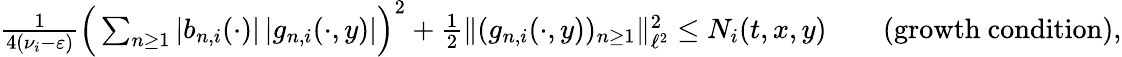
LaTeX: \begin{array}{rlr}{\frac{1}{4(\nu_{i}-\varepsilon)}\Big(\sum_{n\geq 1}|b_{n,i}(\cdot)|\, |g_{n,i}(\cdot,y)|\Big)^{2}+\frac 12\| (g_{n,i}(\cdot,y))_{n\geq 1}\| _{\ell^{2}}^{2}\leq N_{i}(t,x,y)}&{}&{\mathrm{(growth~condition),}}\end{array}